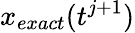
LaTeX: x_{exact}(t^{j+1})